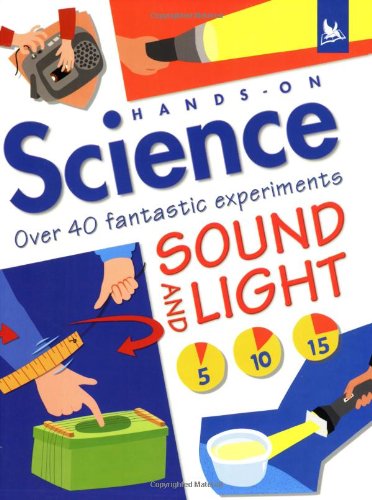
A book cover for Sound and Light (Hands on Science); Jack Challoner; Children's Books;